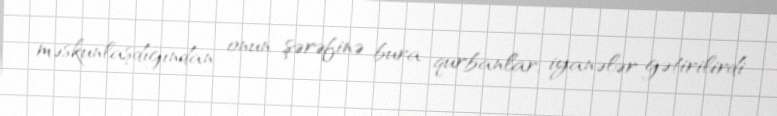
məskunlaşdığından onun şərəfinə bura qurbanlar, iyanələr gətirilirdi.